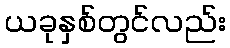
ယခုနှစ်တွင်လည်း